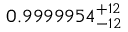
0 . 9 9 9 9 9 5 4 _ { - 1 2 } ^ { + 1 2 }